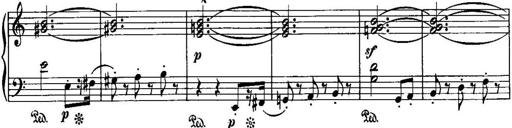
Title: Piano Sonatina No.1, Op.146
Composer: Stephen Heller